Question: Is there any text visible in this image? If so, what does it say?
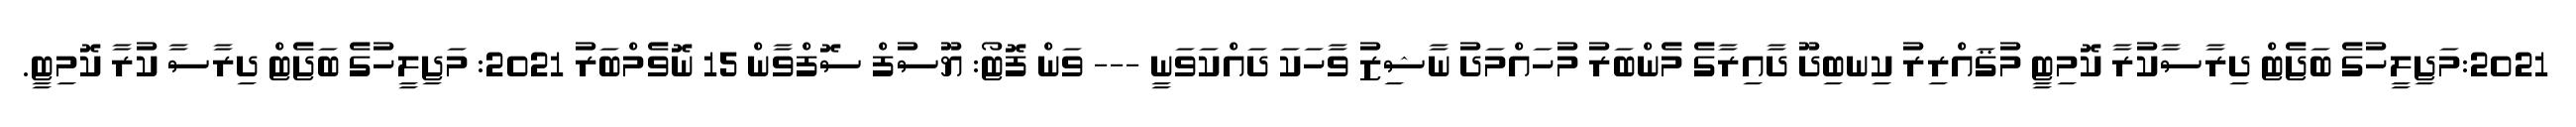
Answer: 2021:މަޖިލީހުގެ ބަޖެޓް ދިރާސާކުރާ ކޮމިޓީ މުޤައްރިރު ކިނބިދޫ ދާއިރާގެ މެންބަރު މުހައްމަދު ނާޝިޒު ވާހަކަ ދައްކަވަނީ --- ވަން ފޮޓޯ: ޔޫސުފް ސޮފްވާން 15 ނޮވެމްބަރު 2021: މަޖިލީހުގެ ބަޖެޓް ދިރާސާ ކުރާ ކޮމިޓީ.